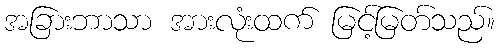
အခြားဘာသာ အားလုံးထက် မြင့်မြတ်သည်။